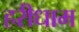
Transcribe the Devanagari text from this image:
हरीधाम